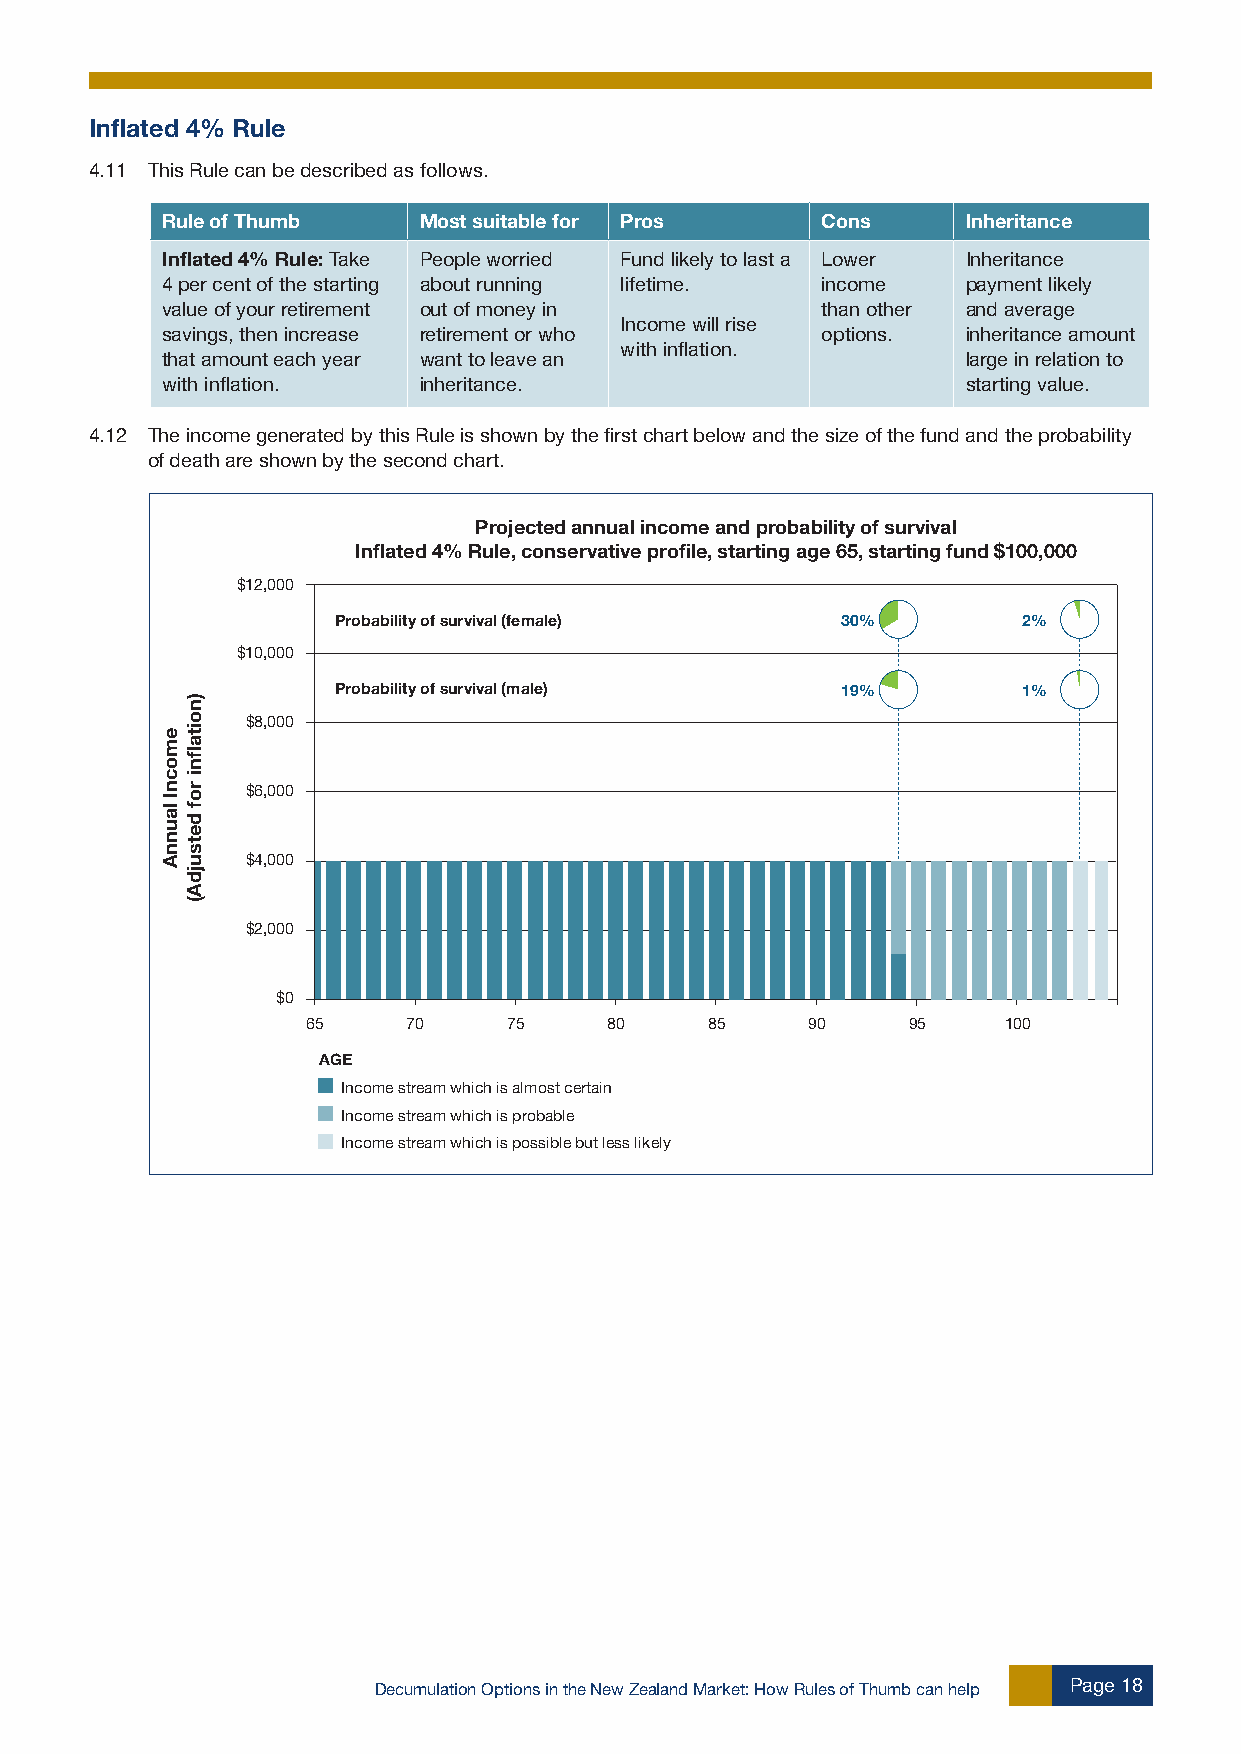
Inflated 4% Rule
 4.11 This Rule can be described as follows.
 Rule of Thumb    Most suitable for Pros    Cons      Inheritance
 Inflated 4% Rule: Take People worried Fund likely to last a Lower Inheritance
 4 per cent of the starting about running lifetime. income payment likely
 value of your retirement out of money in   than other and average
 Income will rise
 savings, then increase retirement or who   options.  inheritance amount
 with inflation.
 that amount each year want to leave an               large in relation to
 with inflation.  inheritance.                        starting value.
 4.12 The income generated by this Rule is shown by the first chart below and the size of the fund and the probability
 of death are shown by the second chart.
 Projected annual income and probability of survival
 Inflated 4% Rule, conservative profile, starting age 65, starting fund $100,000
 $12,000
 Probability of survival (female)  30%         2%
 $10,000
 Probability of survival (male)    19%         1%
 $8,000
 $6,000
 $4,000
 $2,000
 $0
 65     70     75    80     85    90     95    100
 AGE
 Income stream which is almost certain
 Income stream which is probable
 Income stream which is possible but less likely
 Decumulation Options in the New Zealand Market: How Rules of Thumb can help Page 18
 emocnI
 launnA
 )noitaflni
 rof
 detsujdA(